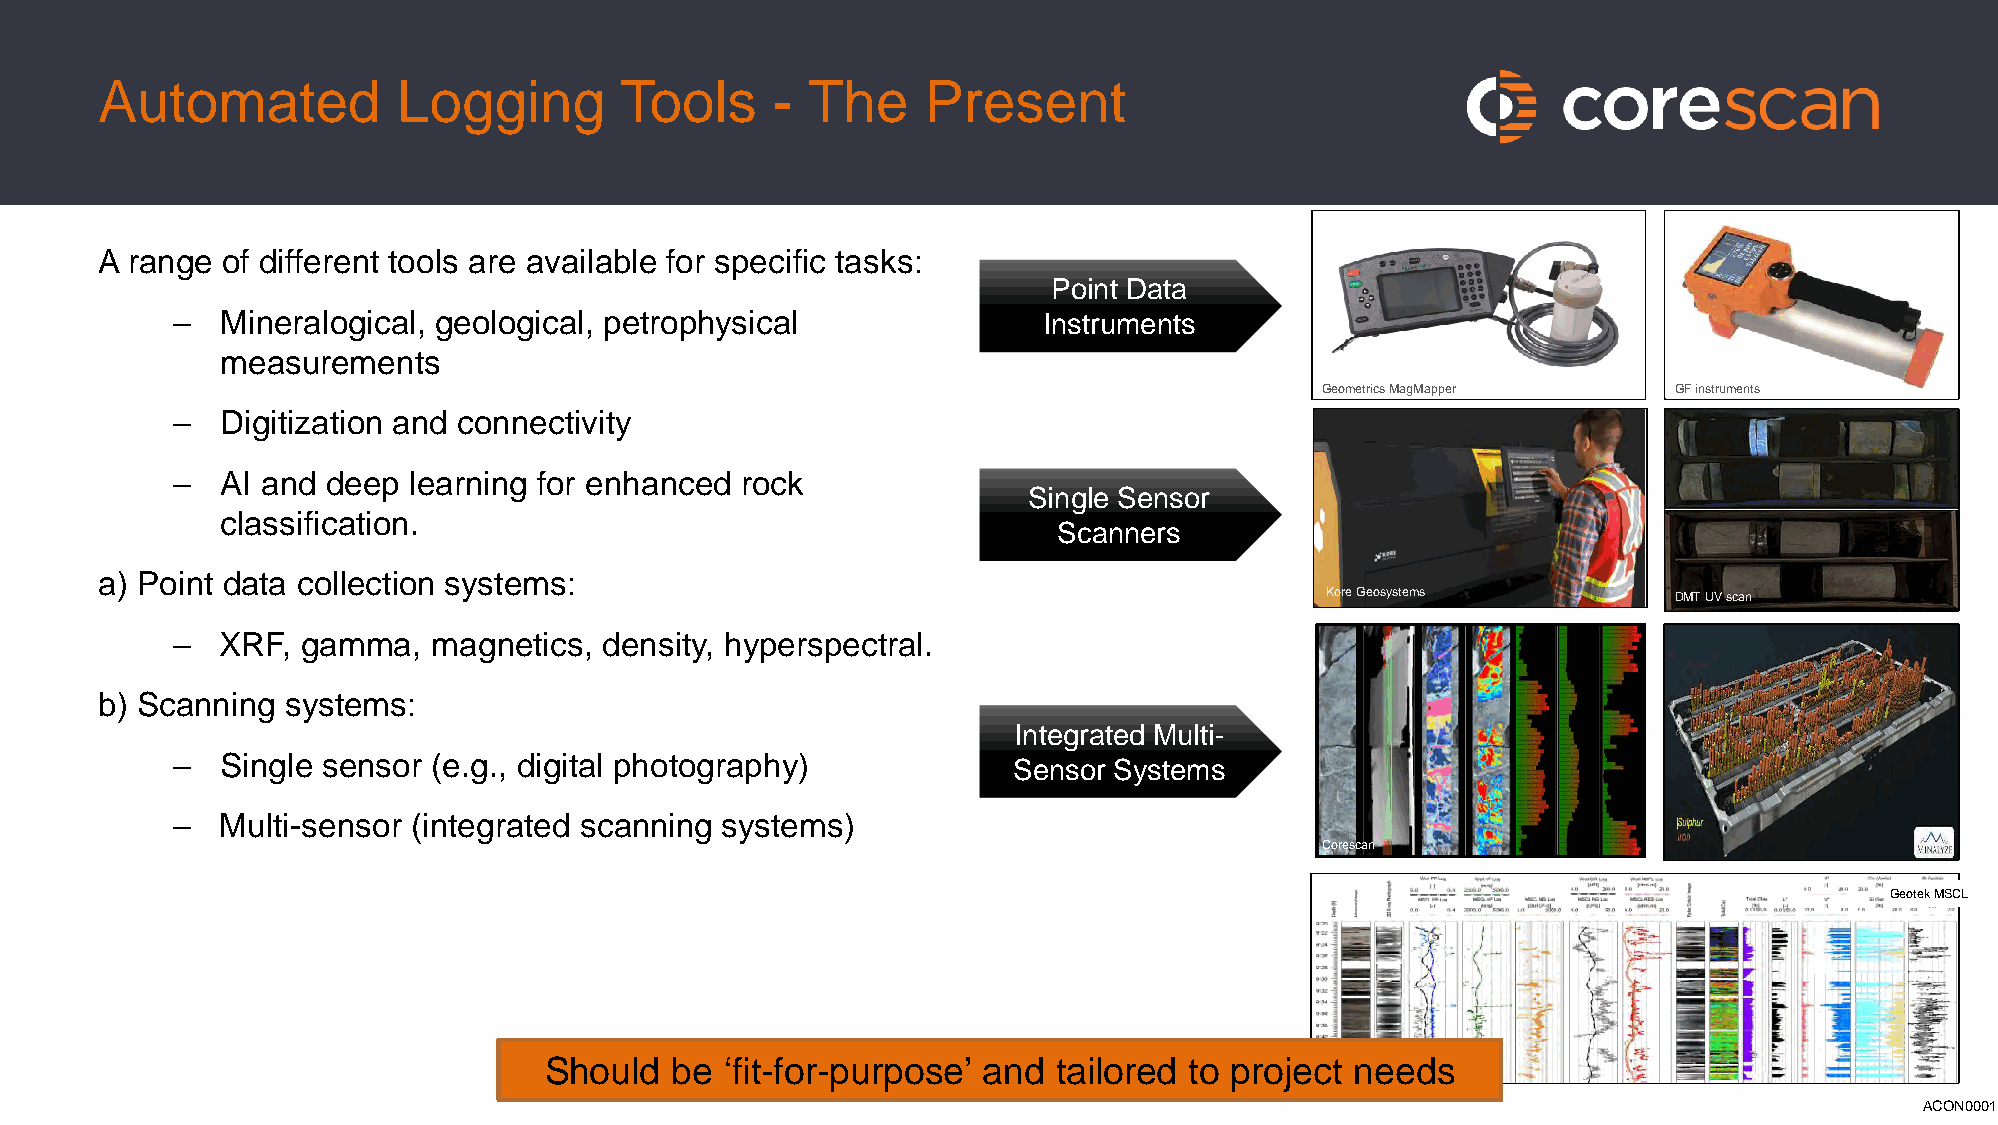
Automated          Logging        Tools     - The     Present
 A range of different tools are available for specific tasks:
 Point Data
 –   Mineralogical, geological, petrophysical              Instruments
 measurements
 Geometrics MagMapper    GF instruments
 –   Digitization and connectivity
 –   AI and deep learning for enhanced rock
 Single Sensor
 classification.
 Scanners
 a) Point data collection systems:
 Kore Geosystems        DMT UV scan
 –   XRF, gamma,   magnetics, density, hyperspectral.
 b) Scanning systems:
 Integrated Multi-
 –   Single sensor (e.g., digital photography)           Sensor Systems
 –   Multi-sensor (integrated scanning systems)
 Corescan
 GeotekMSCL
 Should  be  ‘fit-for-purpose’ and tailored to project needs
 ACON0001